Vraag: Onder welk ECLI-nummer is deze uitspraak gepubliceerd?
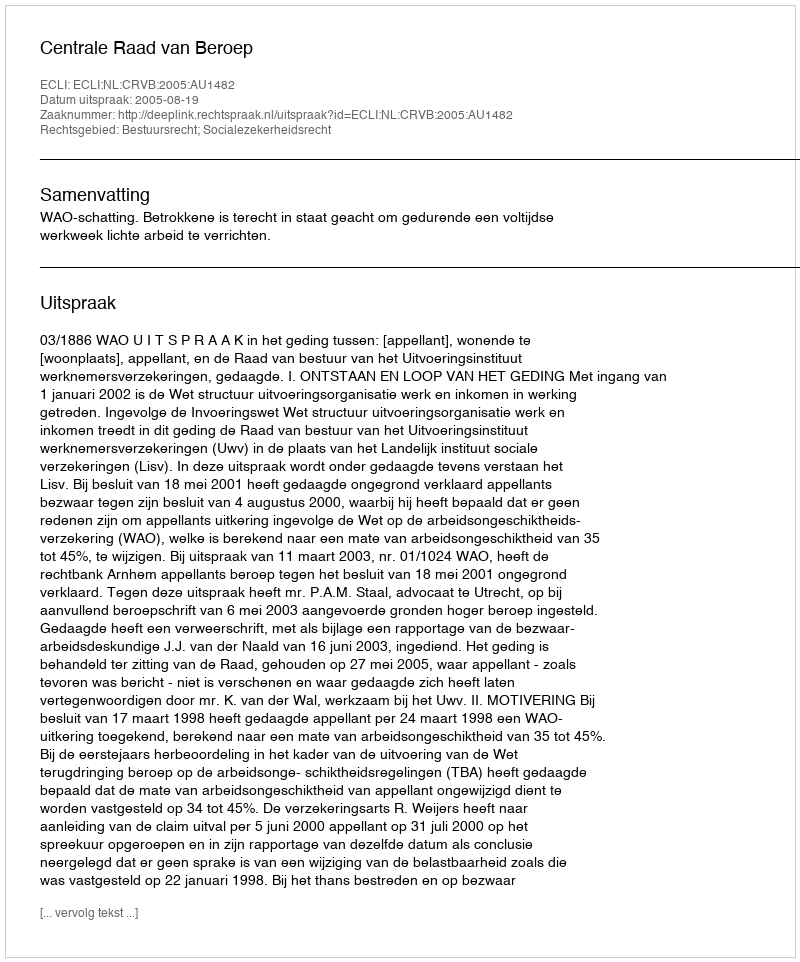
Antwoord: ECLI:NL:CRVB:2005:AU1482